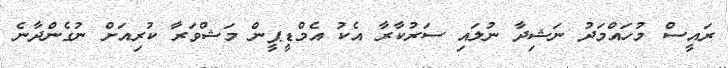
ރައީސް މުހައްމަދު ނަޝިދާ ނުލައިި ސަރުކާރާ އެކު އެމްޑީޕީން މަޝްވަރާ ކުރިއަށް ނުގެންދާނެ